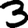
Digit: 3